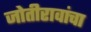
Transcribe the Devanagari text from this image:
जोतीरावांचा